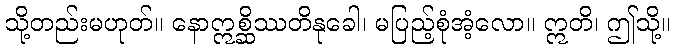
သို့တည်းမဟုတ်။ နောဣစ္ဆိဿတိနုခေါ၊ မပြည့်စုံအံ့လော။ ဣတိ၊ ဤသို့။